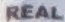
REAL